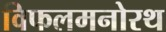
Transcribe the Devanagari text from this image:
विफलमनोरथ